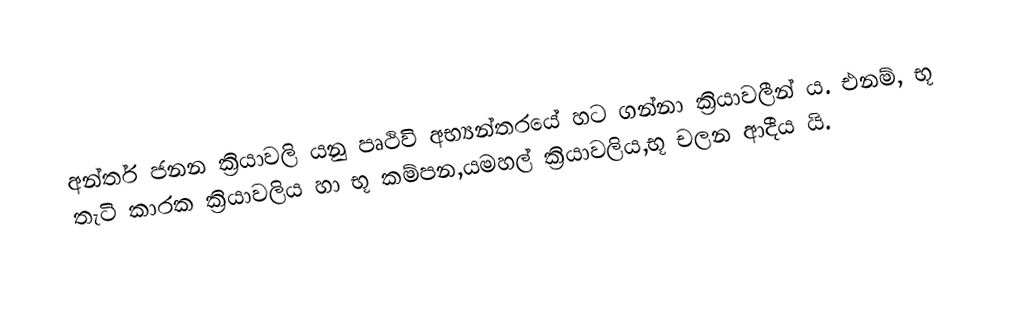
අන්තර් ජනන ක්‍රියාවලි යනු පෘථිවි අභ්‍යන්තරයේ හට ගන්නා ක්‍රියාවලීන් ය. එනම්, භූ තැටි කාරක ක්‍රියාවලිය හා භූ කම්පන,යමහල් ක්‍රියාවලිය,භූ චලන ආදීය යි.